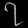
Digit: ၇